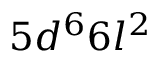
5 d ^ { 6 } 6 l ^ { 2 }